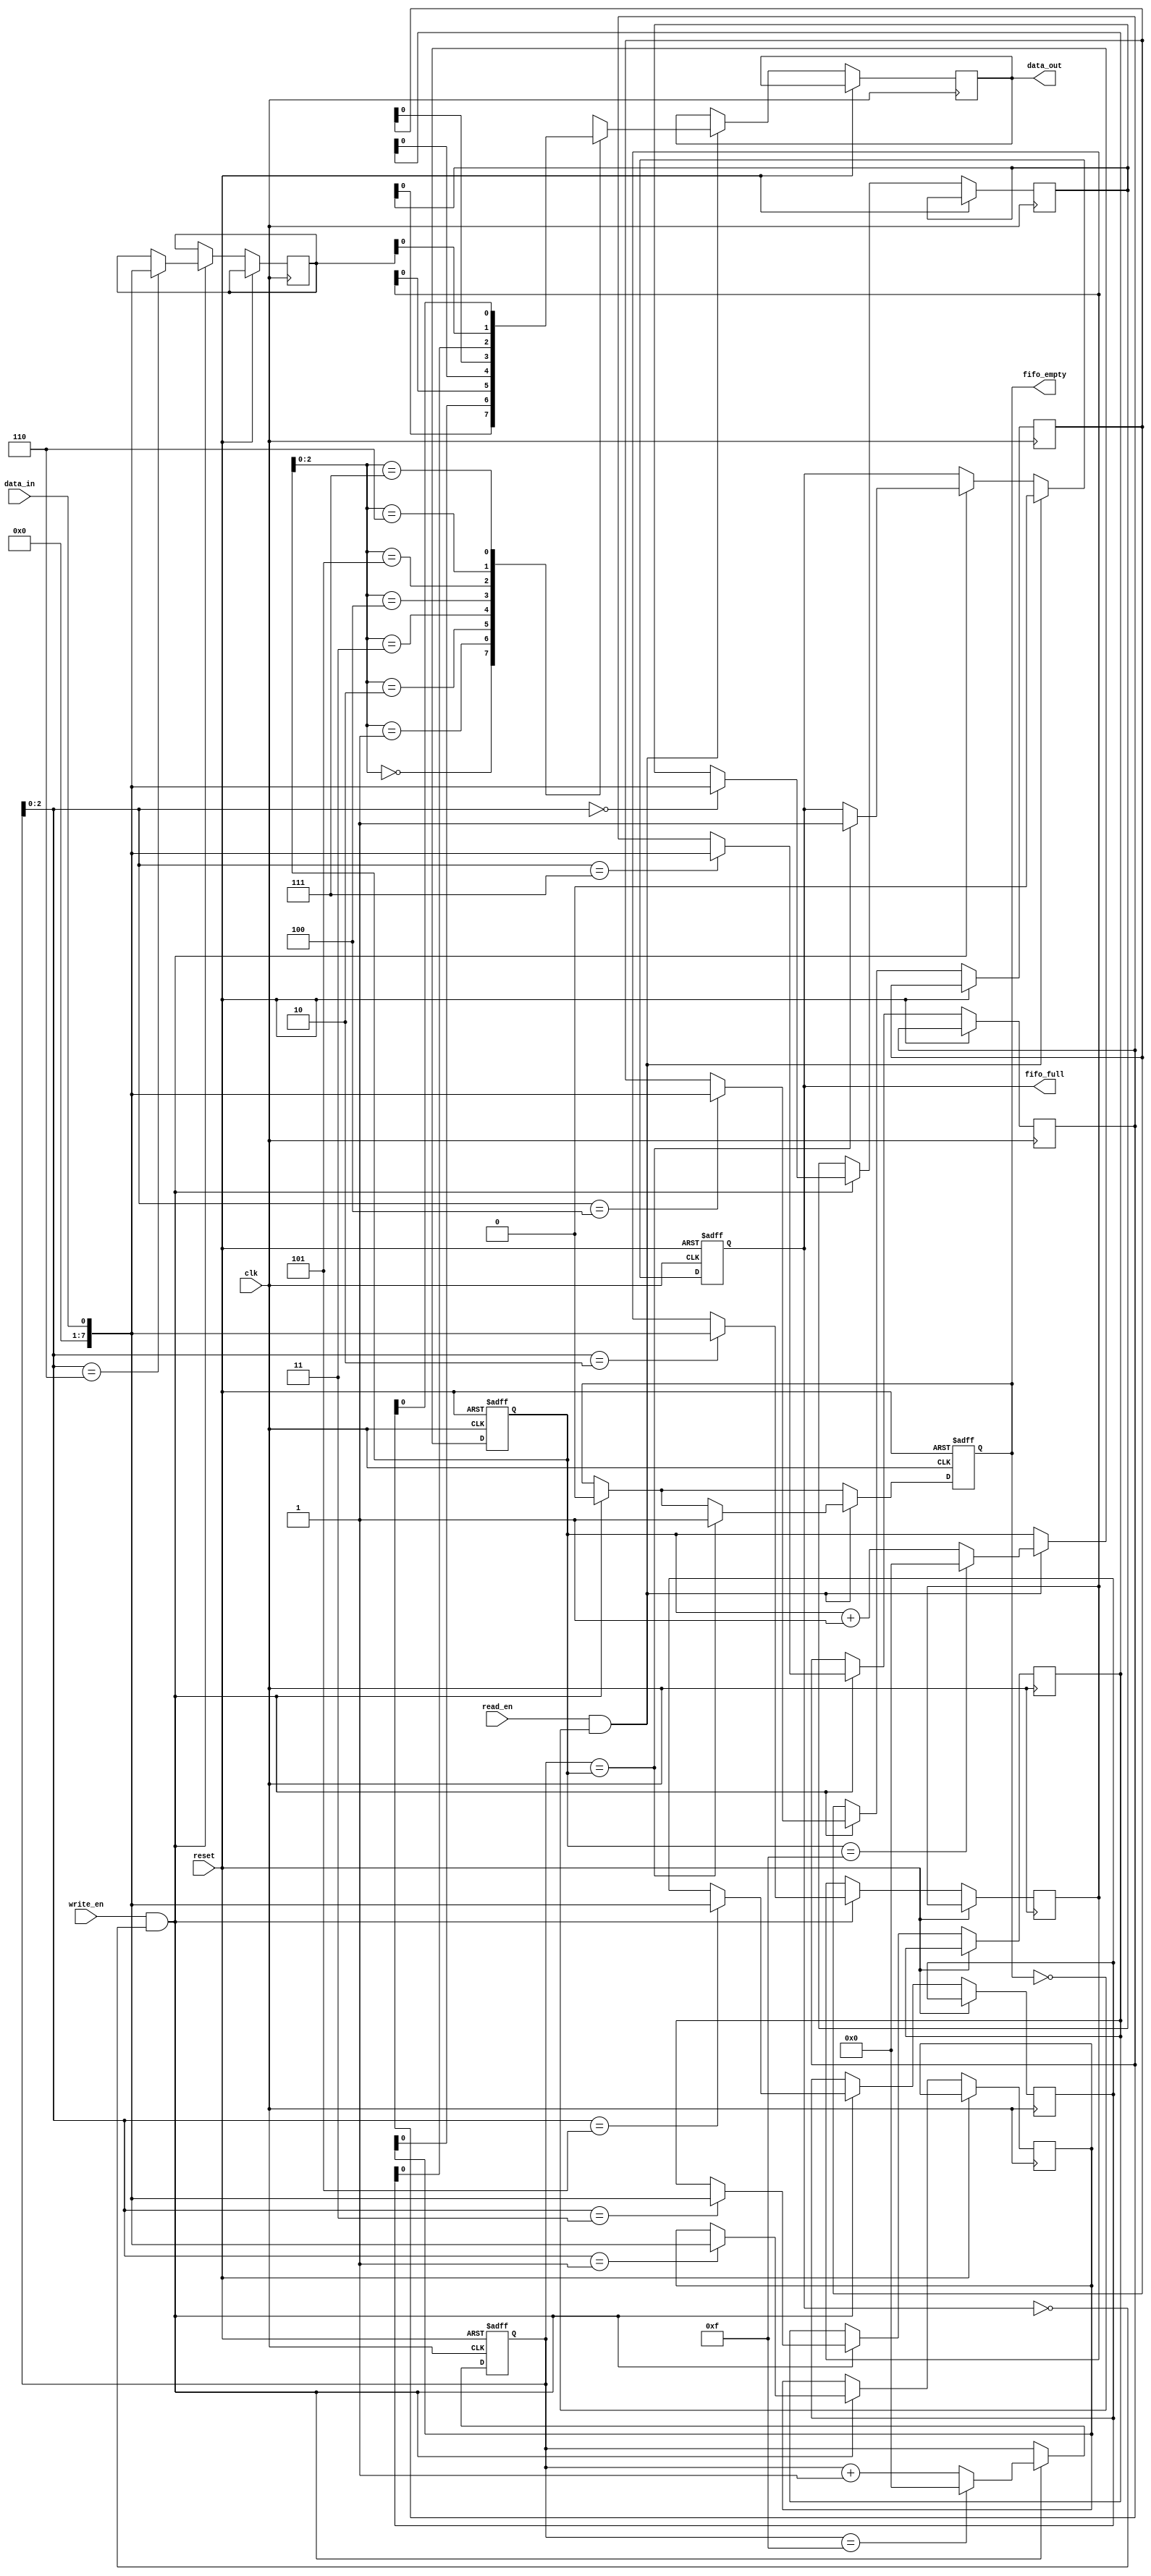
module circular_fifo (
    input wire clk,
    input wire reset,
    input wire write_en,
    input wire read_en,
    input wire data_in,
    output reg data_out,
    output reg fifo_full,
    output reg fifo_empty
);

parameter FIFO_DEPTH = 8;
parameter DATA_WIDTH = 8;

reg [DATA_WIDTH-1:0] fifo [0:FIFO_DEPTH-1];
reg [3:0] write_ptr = 0;
reg [3:0] read_ptr = 0;

always @(posedge clk or posedge reset) begin
    if (reset) begin
        write_ptr <= 4'b0000;
        read_ptr <= 4'b0000;
        fifo_full <= 1'b0;
        fifo_empty <= 1'b1;
    end else begin
        if (write_en && !fifo_full) begin
            fifo[write_ptr] <= data_in;
            write_ptr <= write_ptr + 1;
            if (write_ptr == 4'b1111) begin
                write_ptr <= 4'b0000;
            end
            fifo_empty <= 1'b0;
            if (write_ptr == read_ptr) begin
                fifo_full <= 1'b1;
            end
        end
        
        if (read_en && !fifo_empty) begin
            data_out <= fifo[read_ptr];
            read_ptr <= read_ptr + 1;
            if (read_ptr == 4'b1111) begin
                read_ptr <= 4'b0000;
            end
            fifo_full <= 1'b0;
            if (write_ptr == read_ptr) begin
                fifo_empty <= 1'b1;
            end
        end
    end
end

endmodule